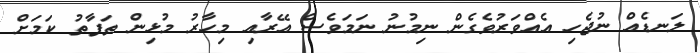
ލަނޑެއް ނުޖެހި އެއްވަރުވެގެން ނިމުނު ނަމަވެސް އޭރާއި މިހާރު މުޅިން ތަފާތު ކަމަށް